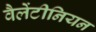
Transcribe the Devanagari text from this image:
वैलेंटीनियन